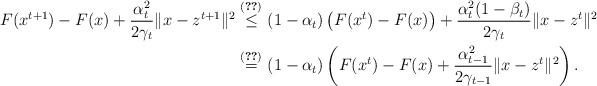
LaTeX: \begin{align*}F(x^{t+1})-F(x)+\frac{\alpha_t^2}{2\gamma_t}\|x-z^{t+1}\|^2\overset{\eqref{F-ineq}}{\leq}\ &(1-\alpha_t)\left(F(x^t)-F(x)\right)+\frac{\alpha_{t}^2(1-\beta_t)}{2\gamma_{t}}\|x-z^t\|^2\\\overset{\eqref{alpha-eqn}}{=}\ &(1-\alpha_t)\left(F(x^t)-F(x)+\frac{\alpha_{t-1}^2}{2\gamma_{t-1}}\|x-z^t\|^2\right).\end{align*}